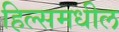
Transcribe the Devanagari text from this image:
हिल्समधील